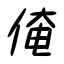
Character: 俺